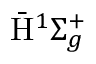
\bar { \mathrm { H } } ^ { 1 } \Sigma _ { g } ^ { + }